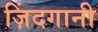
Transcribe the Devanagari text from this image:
ज़िंदगानी